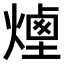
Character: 𤎆